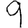
Digit: 9